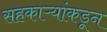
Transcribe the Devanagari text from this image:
सहकाऱ्यांकडून